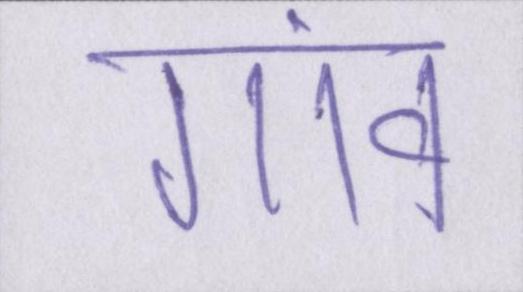
गांव